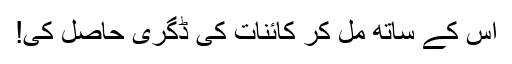
اس کے ساتھ مل کر کائنات کی ڈگری حاصل کی!